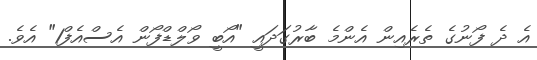
އެ ދެ ފޯނުގެ ތެރެއިން އެންމެ ބާރުގަދައީ "އޯބީ ވޯލްޑްފޯން އެސްއެފް1" އެވެ.